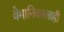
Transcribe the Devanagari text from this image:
वैमानिकालाही